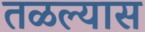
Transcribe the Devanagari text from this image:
तळल्यास